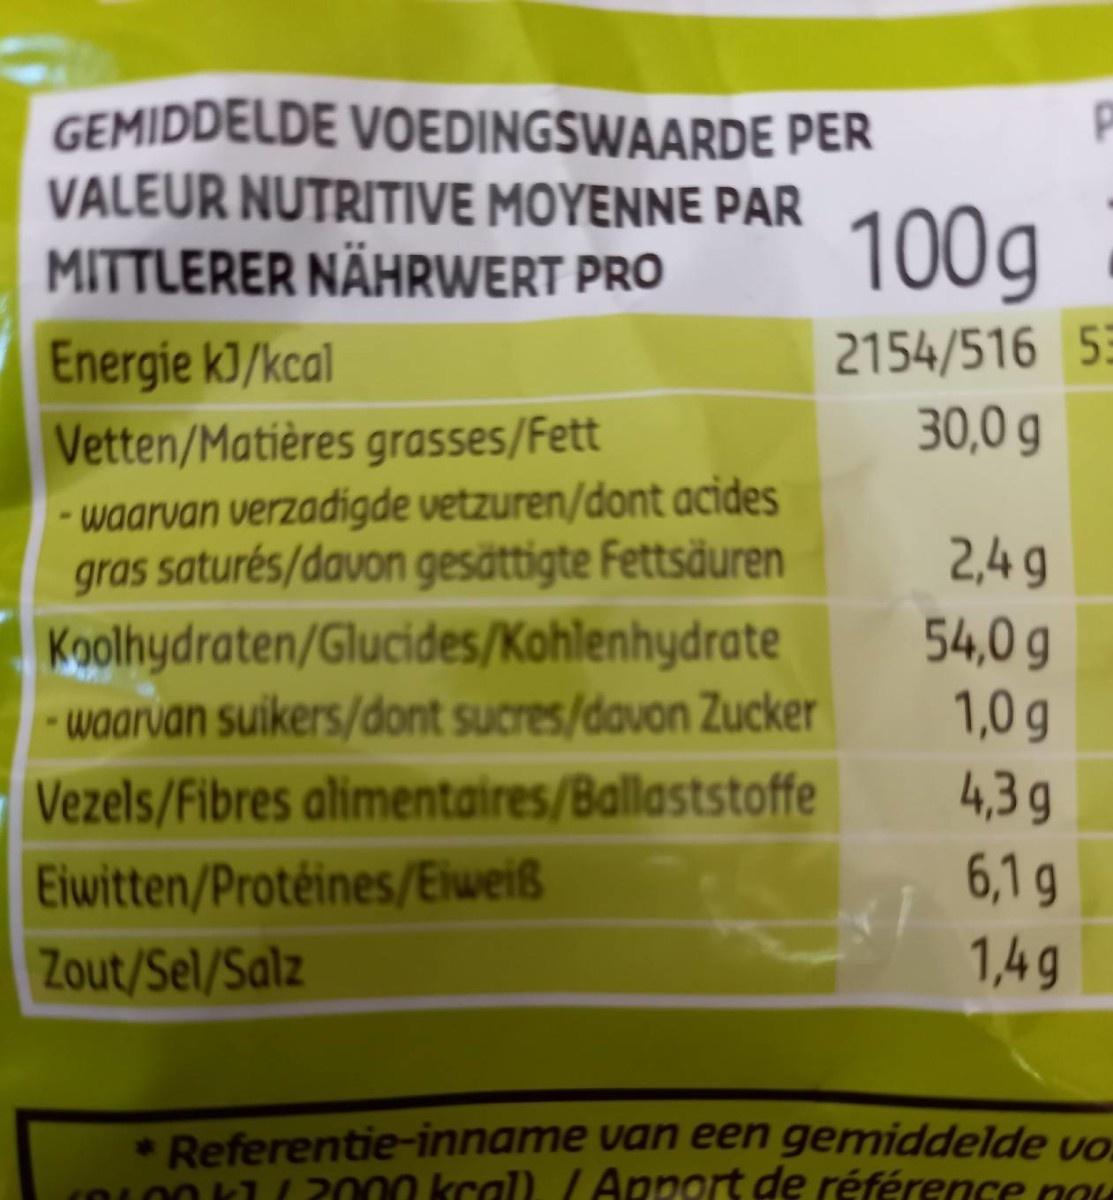
GEMIDDELDE VOEDINGSWAARDE PER VALEUR NUTRITIVE MOYENNE PAR MITTLERER NÄHRWERT PRO
100g
2154/516 5 30,0 g
Energie kJ/kcal Vetten/Matières grasses/Fett - waarvan verzadigde vetzuren/dont acides gras saturés/davon gesättigte Fettsäuren Koolhydraten/Glucides/Kohlenhydrate waarvan suikers/dont sucres/davon Zucker Vezels/Fibres alimentaires/Ballaststoffe
2,4 9
54,0 g 1,0 g
4,3g
Eiwitten/Protéines/Eiweiß
6,1 g
Zout/Sel/Salz
1,4g
• Referentie-inname van een gemiddelde vo L0O K /2000 kcal) LApport de référence pou